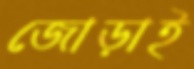
জোড়াই